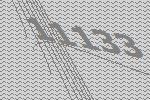
11133